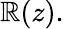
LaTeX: \mathbb{R}(z).